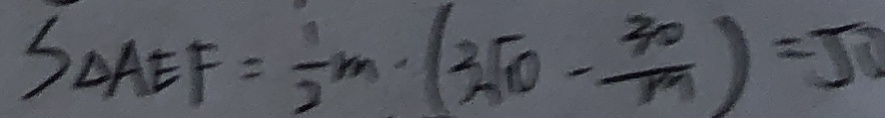
S _ { \Delta } A E F = \frac { 1 } { 2 } m \cdot ( 3 \sqrt { 1 0 } - \frac { 3 0 } { 1 9 } ) = 5 0